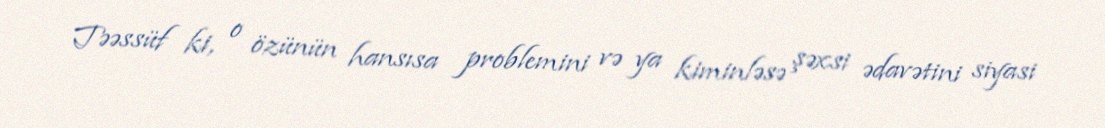
Təəssüf ki, o özünün hansısa problemini və ya kiminləsə şəxsi ədavətini siyasi